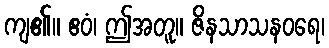
ကျ၏။ ဧဝံ၊ ဤအတူ။ ဇိနသာသနဝရေ၊